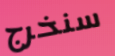
سنخرج